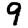
Digit: 9